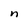
Character: n